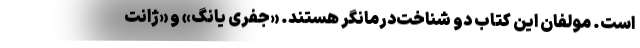
است. مولفان این کتاب دو شناخت‌درمانگر هستند. «جفری یانگ» و «ژانت